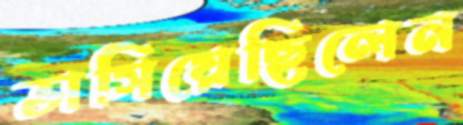
ভাসিয়েছিলেন